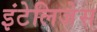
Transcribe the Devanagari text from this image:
इंटेलिजेस